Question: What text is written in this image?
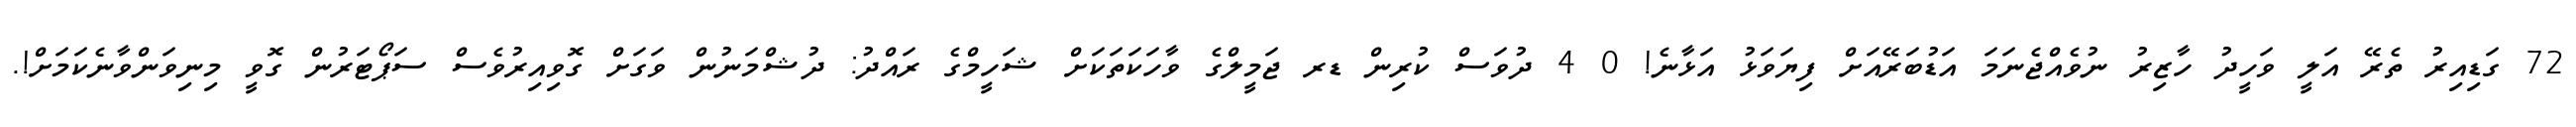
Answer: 72 ގަޑިއިރު ތެރޭ އަލީ ވަހީދު ހާޒިރު ނުވެއްޖެނަމަ އަޑުބަރޭއަށް ފިޔަވަޅު އަޅާނެ! 0 4 ދުވަސް ކުރިން ޑރ ޖަމީލްގެ ވާހަކަތަކަށް ޝަހީމްގެ ރައްދު: ދުޝްމަނުން ވަގަށް ގޮވިއިރުވެސް ސަޕޯޓަރުން ގޮވީ މިނިވަންވާނެކަމަށް!.